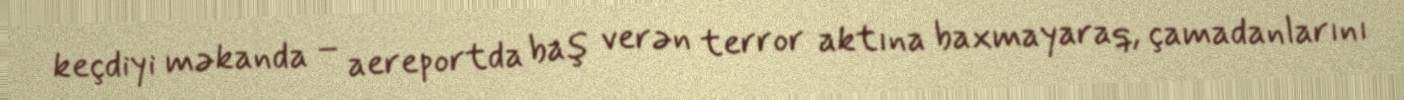
keçdiyi məkanda – aereportda baş verən terror aktına baxmayaraq, çamadanlarını